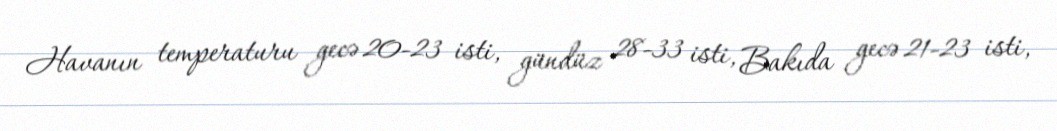
Havanın temperaturu gecə 20-23 isti, gündüz 28-33 isti, Bakıda gecə 21-23 isti,